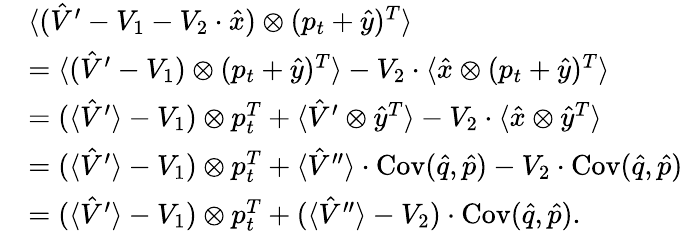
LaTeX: \begin{array}{rl}&{\langle(\hat{V}^{\prime}-V_{1}-V_{2}\cdot\hat{x})\otimes(p_{t}+\hat{y})^{T}\rangle}\\ &{=\langle(\hat{V}^{\prime}-V_{1})\otimes(p_{t}+\hat{y})^{T}\rangle-V_{2}\cdot\langle\hat{x}\otimes(p_{t}+\hat{y})^{T}\rangle}\\ &{=(\langle\hat{V}^{\prime}\rangle-V_{1})\otimes p_{t}^{T}+\langle\hat{V}^{\prime}\otimes\hat{y}^{T}\rangle-V_{2}\cdot\langle\hat{x}\otimes\hat{y}^{T}\rangle}\\ &{=(\langle\hat{V}^{\prime}\rangle-V_{1})\otimes p_{t}^{T}+\langle\hat{V}^{\prime\prime}\rangle\cdot\operatorname{Cov}(\hat{q},\hat{p})-V_{2}\cdot\operatorname{Cov}(\hat{q},\hat{p})}\\ &{=(\langle\hat{V}^{\prime}\rangle-V_{1})\otimes p_{t}^{T}+(\langle\hat{V}^{\prime\prime}\rangle-V_{2})\cdot\operatorname{Cov}(\hat{q},\hat{p}).}\end{array}